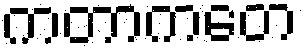
ကတာကတေ